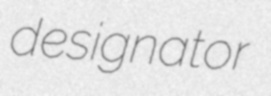
designator